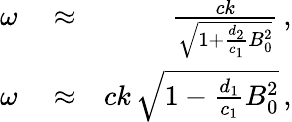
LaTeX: \begin{array}{rlr}{\omega}&{{}\approx}&{\frac{ck}{\sqrt{1+\frac{d_{2}}{c_{1}}B_{0}^{2}}}\, ,}\\ {\omega}&{{}\approx}&{ck\, \sqrt{1-\frac{d_{1}}{c_{1}}B_{0}^{2}}\, ,}\end{array}